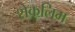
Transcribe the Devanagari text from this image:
शेकलिम